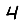
Digit: 4